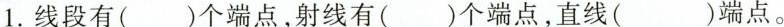
1.线段有( )个端点，射线有( )个端点，直线( )端点。